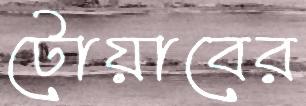
টোয়াবের